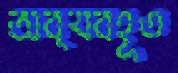
অব্যবহূত